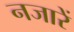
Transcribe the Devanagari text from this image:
नजारें